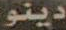
دينو